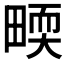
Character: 𤲬